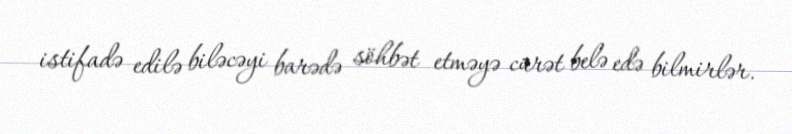
istifadə edilə biləcəyi barədə söhbət etməyə cürət belə edə bilmirlər.